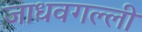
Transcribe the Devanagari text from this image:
जाधवगल्ली